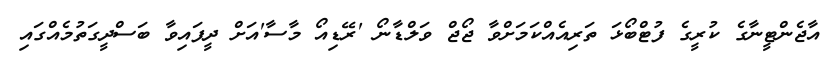
އާޖެންޓީނާގެ ކުރީގެ ފުޓްބޯޅަ ތަރިއެއްކަމަށްވާ ޖޯޖް ވަލްޑާނޯ 'ރޭޑިއޯ މާސާ'އަށް ދީފައިވާ ބަސްދީގަތުމެއްގައި